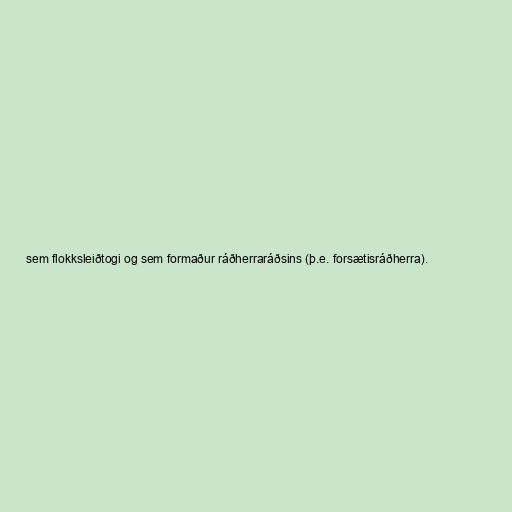
sem flokksleiðtogi og sem formaður ráðherraráðsins (þ.e. forsætisráðherra).